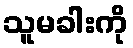
သူမခါးကို